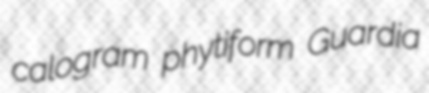
calogram phytiform Guardia